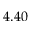
4 . 4 0